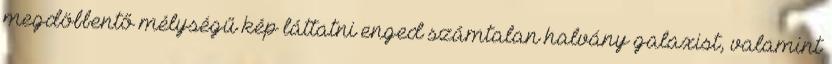
megdöbbentő mélységű kép láttatni enged számtalan halvány galaxist, valamint